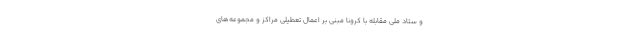
و ستاد ملی مقابله با کرونا مبنی بر اعمال تعطیلی مراکز و مجموعه‌های